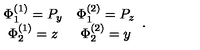
\begin{array} { c c } { \Phi _ { 1 } ^ { ( 1 ) } = P _ { y } } & { \Phi _ { 1 } ^ { ( 2 ) } = P _ { z } } \\ { \Phi _ { 2 } ^ { ( 1 ) } = z } & { \Phi _ { 2 } ^ { ( 2 ) } = y } \\ \end{array} .